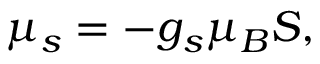
\mu _ { s } = - g _ { s } \mu _ { B } S ,